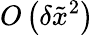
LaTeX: O\left({\delta{{\tilde{x}}^{2}}}\right)